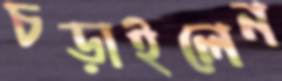
চড়াইলেন